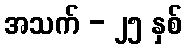
အသက် - ၂၅ နှစ်